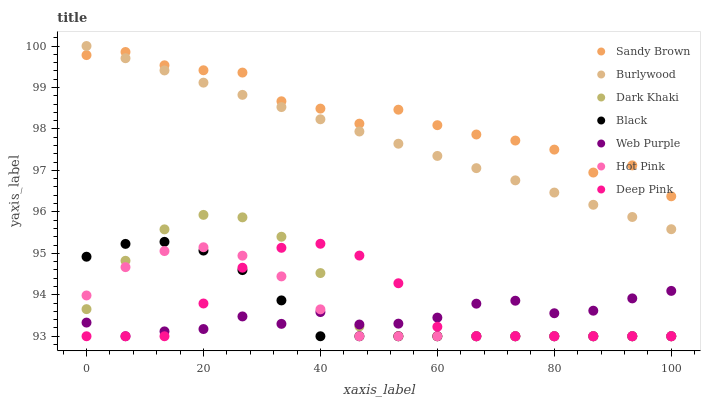
| xaxis_label | Sandy Brown | Burlywood | Dark Khaki | Black | Web Purple | Hot Pink | Deep Pink |
 | --- | --- | --- | --- | --- | --- | --- | --- |
 | 0 | 99.8 | 100 | 93.7 | 94.9 | 93.3 | 94 | 93 |
 | 6.67 | 99.9 | 99.7 | 94.8 | 95.2 | 93 | 94.7 | 93 |
 | 13.3 | 99.5 | 99.4 | 95.6 | 95.3 | 93.1 | 95.1 | 93 |
 | 20 | 99.4 | 99.1 | 95.9 | 95.1 | 93.2 | 95.1 | 93.8 |
 | 26.7 | 99.4 | 98.8 | 95.9 | 94.6 | 93.5 | 94.9 | 94.7 |
 | 33.3 | 98.7 | 98.5 | 95.4 | 93.9 | 93.3 | 94.4 | 95.1 |
 | 40 | 98.5 | 98.2 | 94.5 | 93 | 93.6 | 93.6 | 95.2 |
 | 46.7 | 98.1 | 97.9 | 93.2 | 93 | 93.3 | 93 | 94.9 |
 | 53.3 | 98.5 | 97.6 | 93 | 93 | 93.3 | 93 | 94.3 |
 | 60 | 98.1 | 97.3 | 93 | 93 | 93.4 | 93 | 93.2 |
 | 66.7 | 97.9 | 97.1 | 93 | 93 | 93.8 | 93 | 93 |
 | 73.3 | 97.7 | 96.8 | 93 | 93 | 93.9 | 93 | 93 |
 | 80 | 97.5 | 96.5 | 93 | 93 | 93.6 | 93 | 93 |
 | 86.7 | 96.9 | 96.2 | 93 | 93 | 93.6 | 93 | 93 |
 | 93.3 | 97.1 | 95.9 | 93 | 93 | 93.9 | 93 | 93 |
 | 100 | 96.4 | 95.6 | 93 | 93 | 94.1 | 93 | 93 |